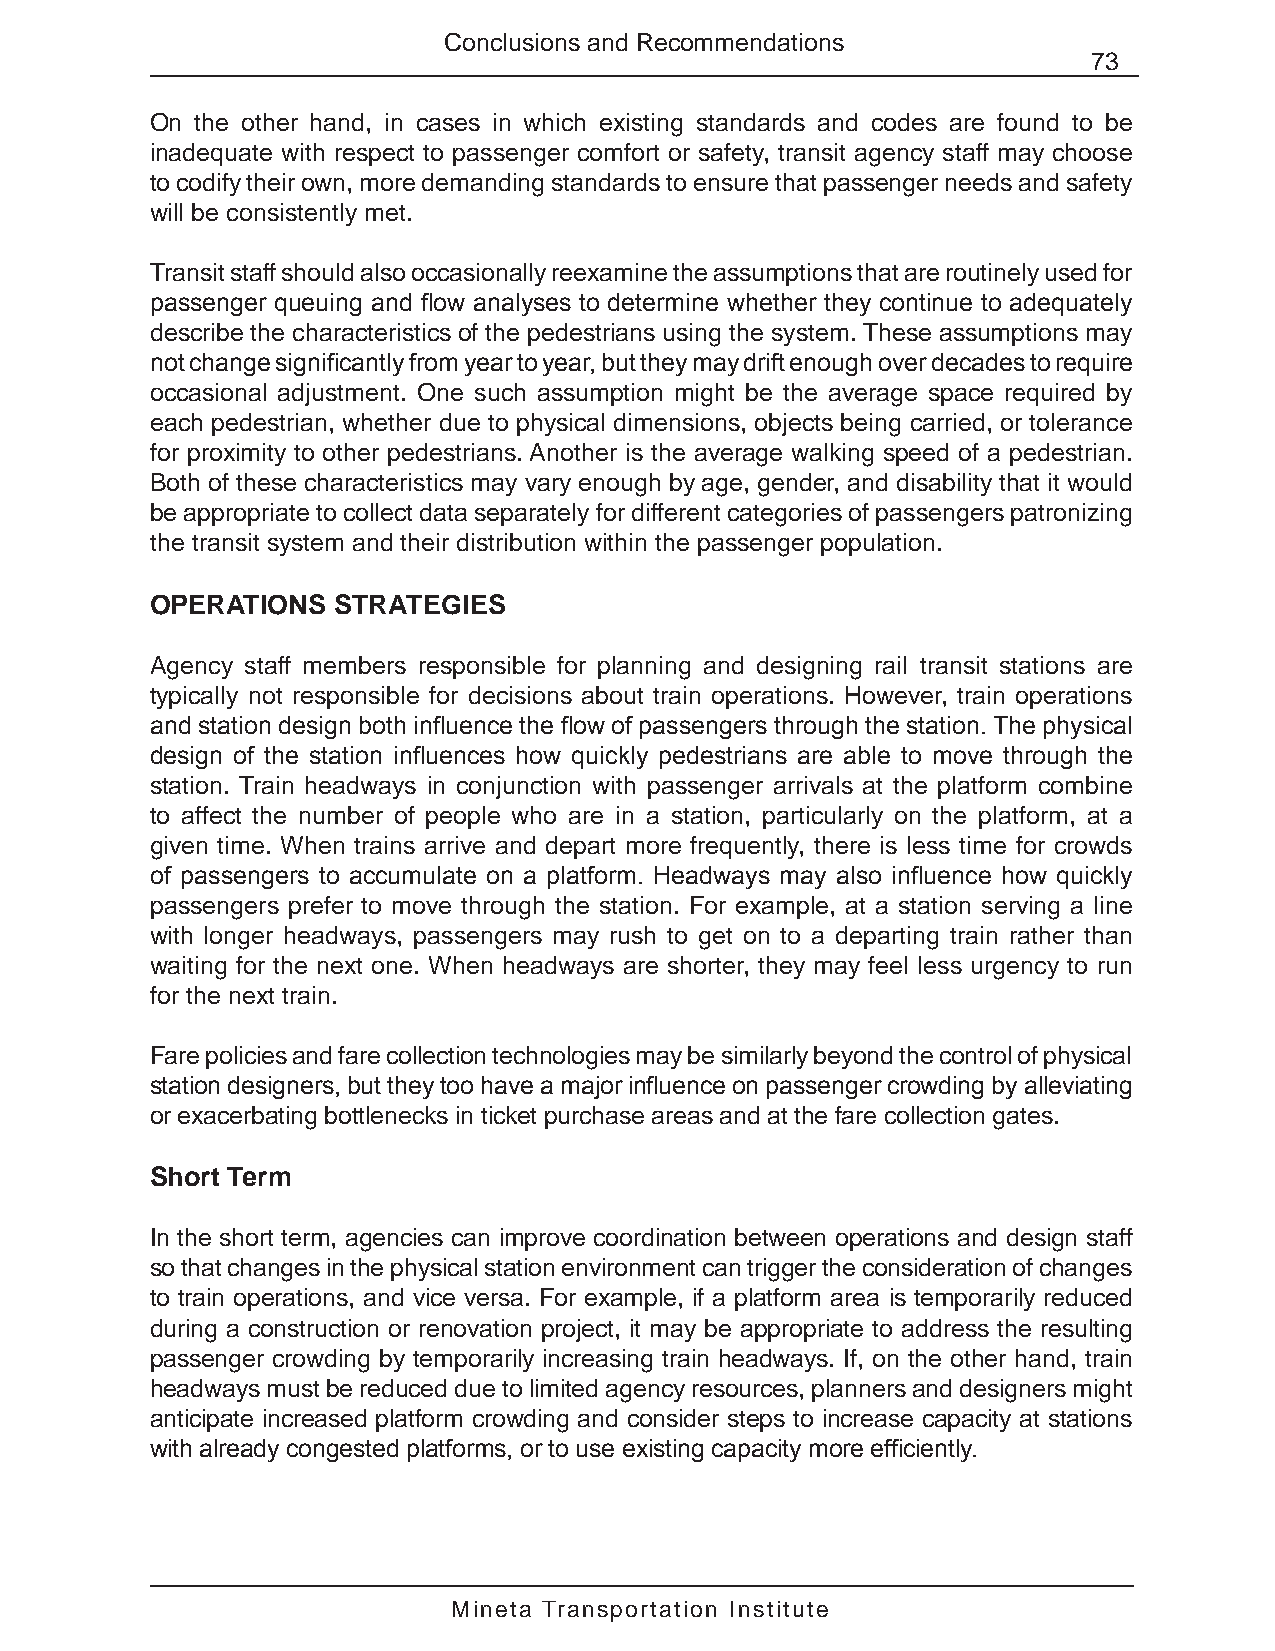
Conclusions and Recommendations
 73
 On the other hand, in cases in which existing standards and codes are found to be
 inadequate with respect to passenger comfort or safety, transit agency staff may choose
 to codify their own, more demanding standards to ensure that passenger needs and safety
 will be consistently met.
 Transit staff should also occasionally reexamine the assumptions that are routinely used for
 passenger queuing and flow analyses to determine whether they continue to adequately
 describe the characteristics of the pedestrians using the system. These assumptions may
 not change significantly from year to year, but they may drift enough over decades to require
 occasional adjustment. One such assumption might be the average space required by
 each pedestrian, whether due to physical dimensions, objects being carried, or tolerance
 for proximity to other pedestrians. Another is the average walking speed of a pedestrian.
 Both of these characteristics may vary enough by age, gender, and disability that it would
 be appropriate to collect data separately for different categories of passengers patronizing
 the transit system and their distribution within the passenger population.
 OPERATIONS  STRATEGIES
 Agency staff members responsible for planning and designing rail transit stations are
 typically not responsible for decisions about train operations. However, train operations
 and station design both influence the flow of passengers through the station. The physical
 design of the station influences how quickly pedestrians are able to move through the
 station. Train headways in conjunction with passenger arrivals at the platform combine
 to affect the number of people who are in a station, particularly on the platform, at a
 given time. When trains arrive and depart more frequently, there is less time for crowds
 of passengers to accumulate on a platform. Headways may also influence how quickly
 passengers prefer to move through the station. For example, at a station serving a line
 with longer headways, passengers may rush to get on to a departing train rather than
 waiting for the next one. When headways are shorter, they may feel less urgency to run
 for the next train.
 Fare policies and fare collection technologies may be similarly beyond the control of physical
 station designers, but they too have a major influence on passenger crowding by alleviating
 or exacerbating bottlenecks in ticket purchase areas and at the fare collection gates.
 Short Term
 In the short term, agencies can improve coordination between operations and design staff
 so that changes in the physical station environment can trigger the consideration of changes
 to train operations, and vice versa. For example, if a platform area is temporarily reduced
 during a construction or renovation project, it may be appropriate to address the resulting
 passenger crowding by temporarily increasing train headways. If, on the other hand, train
 headways must be reduced due to limited agency resources, planners and designers might
 anticipate increased platform crowding and consider steps to increase capacity at stations
 with already congested platforms, or to use existing capacity more efficiently.
 Mineta Transportation Institute